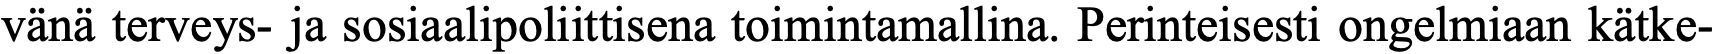
vänä terveys- ja sosiaalipoliittisena toimintamallina. Perinteisesti ongelmiaan kätke-